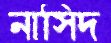
নাসিদ